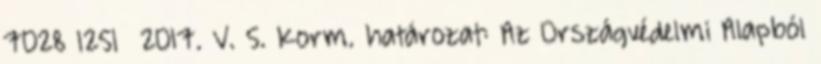
7028 1251 2017. V. 5. Korm. határozat: Az Országvédelmi Alapból